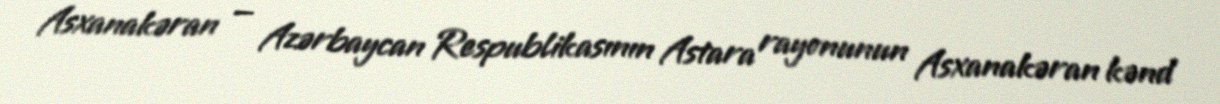
Asxanakəran — Azərbaycan Respublikasının Astara rayonunun Asxanakəran kənd